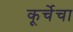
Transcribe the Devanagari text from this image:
कूर्चेचा